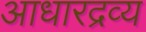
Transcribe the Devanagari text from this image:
आधारद्रव्य